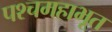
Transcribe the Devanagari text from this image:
पश्चमहाभूत